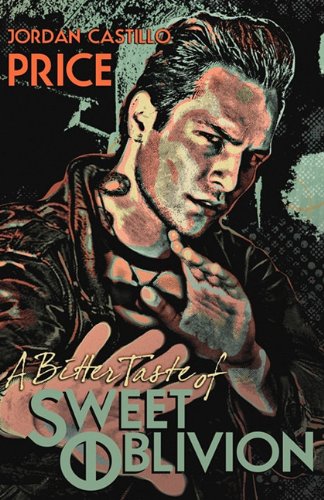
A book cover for A Bitter Taste of Sweet Oblivion; Jordan Castillo Price; Romance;